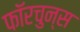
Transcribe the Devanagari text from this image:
फॉरचुन्स